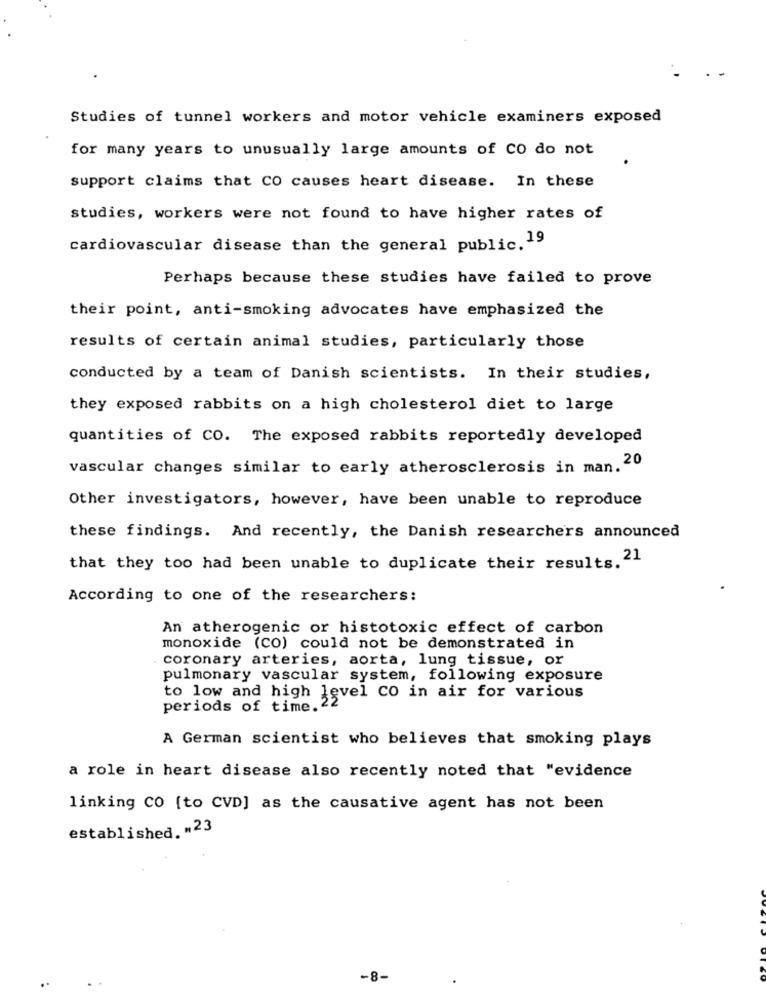
Studies of tunnel workers and motor vehicle examiners exposed
for many years to unusually large amounts of CO do not
support claims that CO causes heart disease. In these
studies, workers were not found to have higher rates of
cardiovascular disease than the general public.19
Perhaps because these studies have failed to prove
their point, anti-smoking advocates have emphasized the
results of certain animal studies, particularly those
conducted by a team of Danish scientists. In their studies,
they exposed rabbits on a high cholesterol diet to large
quantities of CO. The exposed rabbits reportedly developed
vascular changes similar to early atherosclerosis in man. 20
Other investigators, however, have been unable to reproduce
these findings. And recently, the Danish researchers announced
that they too had been unable to duplicate their results. 21
According to one of the researchers:
An atherogenic or histotoxic effect of carbon
monoxide (CO) could not be demonstrated in
coronary arteries, aorta, lung tissue, or
pulmonary vascular system, following exposure
to low and high level CO in air for various
periods of time. 22
A German scientist who believes that smoking plays
a role in heart disease also recently noted that "evidence
linking CO [to CVD] as the causative agent has not been
established. "23
-8-